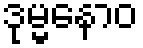
ဒုမ္မနောဝ